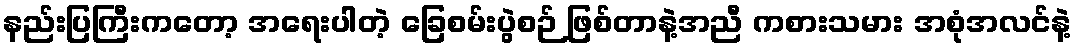
နည်းပြကြီးကတော့ အရေးပါတဲ့ ခြေစမ်းပွဲစဉ် ဖြစ်တာနဲ့အညီ ကစားသမား အစုံအလင်နဲ့